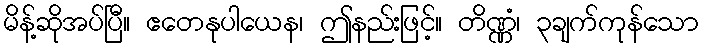
မိန့်ဆိုအပ်ပြီ။ ဧတေနုပါယေန၊ ဤနည်းဖြင့်။ တိဏ္ဏံ၊ ၃ချက်ကုန်သော